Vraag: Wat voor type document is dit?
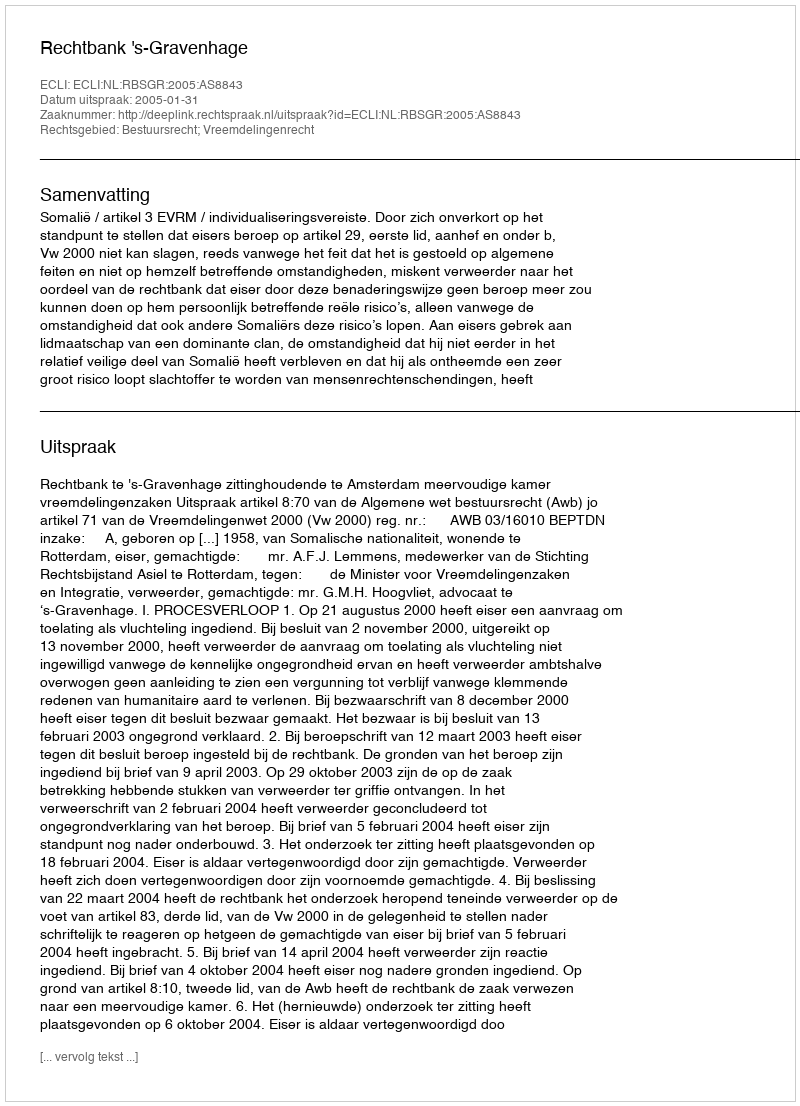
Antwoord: Uitspraak